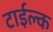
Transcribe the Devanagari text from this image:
टाईल्क